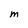
Character: M